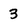
Character: 3